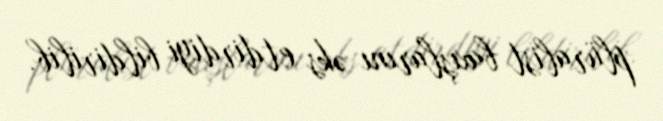
plüralist baxışlarını əks etdirdiyi bildirilib.